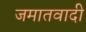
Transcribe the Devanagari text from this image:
जमातवादी